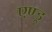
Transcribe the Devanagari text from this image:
एण्ड्र